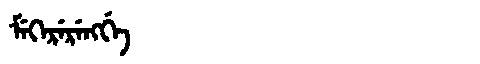
Manchu: ᠮᡝᡴᡝᡵᡝᡵᡝᠩᡤᡝ
Romanization: MEKERERENGGE